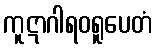
ကူဋာဂါရဝရူပေတံ